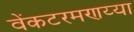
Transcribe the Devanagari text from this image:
वेंकटरमणय्या